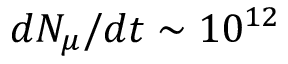
d N _ { \mu } / d t \sim 1 0 ^ { 1 2 }